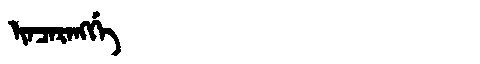
Manchu: ᡳᠨᠴᠠᡵᠠᠩᡤᡝ
Romanization: INCARANGGE